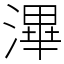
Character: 滭